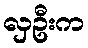
လှဦးက